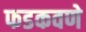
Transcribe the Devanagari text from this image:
फडकवणे